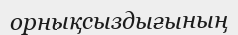
орнықсыздығының